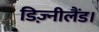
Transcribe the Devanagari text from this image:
डिज़्नीलैंड।